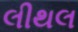
લીથલ